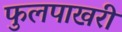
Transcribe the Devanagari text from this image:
फुलपाखरी